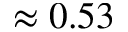
\approx 0 . 5 3